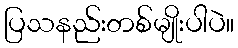
ပြသနည်းတစ်မျိုးပါပဲ။